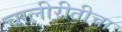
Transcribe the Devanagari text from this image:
चालीरीतीचा